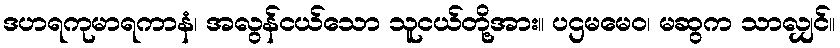
ဒဟရကုမာရကာနံ၊ အလွန်ငယ်သော သူငယ်တို့အား။ ပဌမမေဝ၊ မဆွက သာလျှင်။